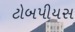
ટોબપીયસ